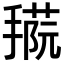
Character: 𢴝